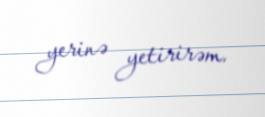
yerinə yetirirəm.